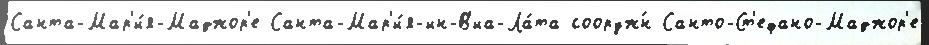
Санта-Мар'и́я-Маджор'е Санта-Мар'и́я-ин-В'иа-Ла́та сооруж́н Санто-Ст'ефано-Маджор'е